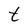
Character: t